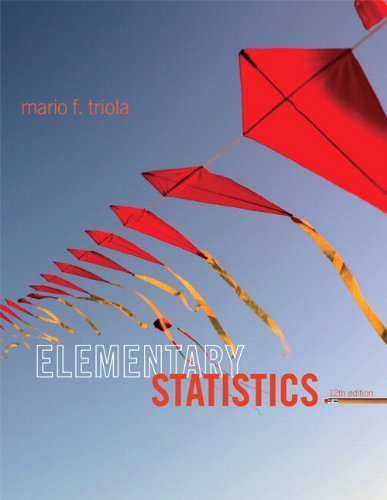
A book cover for Elementary Statistics Plus NEW MyStatLab with Pearson eText  -- Access Card Package (12th Edition); Mario F. Triola; Science & Math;